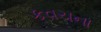
કવચના